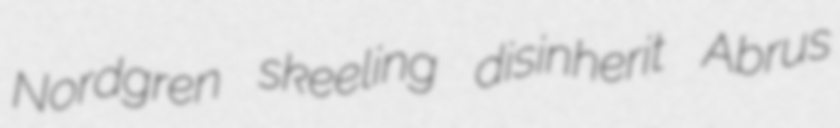
Nordgren skeeling disinherit Abrus